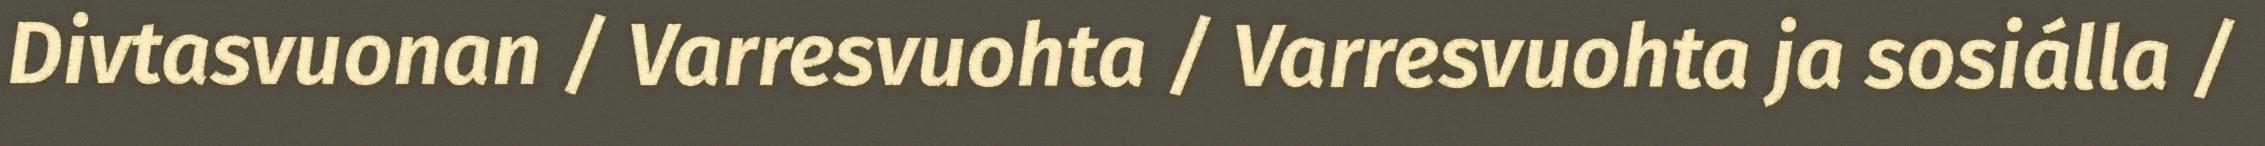
Divtasvuonan / Varresvuohta / Varresvuohta ja sosiálla /